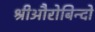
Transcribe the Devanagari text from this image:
श्रीऔरोबिन्दो